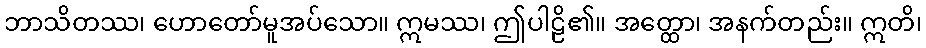
ဘာသိတဿ၊ ဟောတော်မူအပ်သော။ ဣမဿ၊ ဤပါဠိ၏။ အတ္ထော၊ အနက်တည်း။ ဣတိ၊